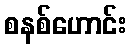
စနစ်ဟောင်း